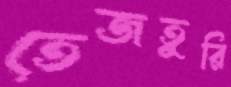
তেজতুরি